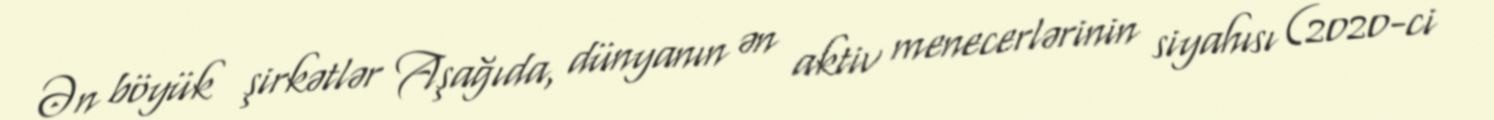
Ən böyük şirkətlər Aşağıda, dünyanın ən aktiv menecerlərinin siyahısı (2020-ci